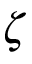
\zeta